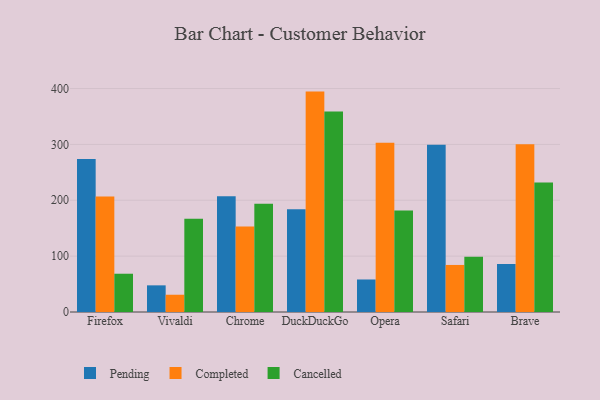
{"axis": {"x": "Browser", "y": "Production Output"}, "legend": ["Cancelled", "Completed", "Pending"], "data": [{"x": "Firefox", "y": 274.0, "type": "Pending"}, {"x": "Firefox", "y": 206.8, "type": "Completed"}, {"x": "Firefox", "y": 68.5, "type": "Cancelled"}, {"x": "Vivaldi", "y": 47.7, "type": "Pending"}, {"x": "Vivaldi", "y": 30.9, "type": "Completed"}, {"x": "Vivaldi", "y": 167.1, "type": "Cancelled"}, {"x": "Chrome", "y": 207.1, "type": "Pending"}, {"x": "Chrome", "y": 153.0, "type": "Completed"}, {"x": "Chrome", "y": 193.9, "type": "Cancelled"}, {"x": "DuckDuckGo", "y": 183.9, "type": "Pending"}, {"x": "DuckDuckGo", "y": 394.5, "type": "Completed"}, {"x": "DuckDuckGo", "y": 358.9, "type": "Cancelled"}, {"x": "Opera", "y": 58.2, "type": "Pending"}, {"x": "Opera", "y": 302.9, "type": "Completed"}, {"x": "Opera", "y": 181.7, "type": "Cancelled"}, {"x": "Safari", "y": 299.3, "type": "Pending"}, {"x": "Safari", "y": 84.2, "type": "Completed"}, {"x": "Safari", "y": 98.7, "type": "Cancelled"}, {"x": "Brave", "y": 85.9, "type": "Pending"}, {"x": "Brave", "y": 300.3, "type": "Completed"}, {"x": "Brave", "y": 231.6, "type": "Cancelled"}]}